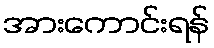
အားကောင်းရန်